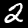
Label: 2